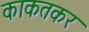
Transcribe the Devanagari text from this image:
काकतकर